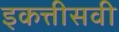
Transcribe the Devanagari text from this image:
इकत्तीसवी